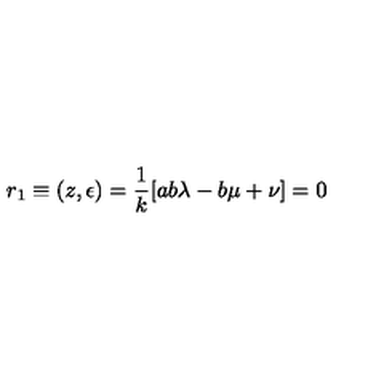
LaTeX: r _ { 1 } \equiv ( z , \epsilon ) = \frac { 1 } { k } [ a b \lambda - b \mu + \nu ] = 0